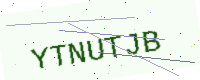
Text: YTNUTJB